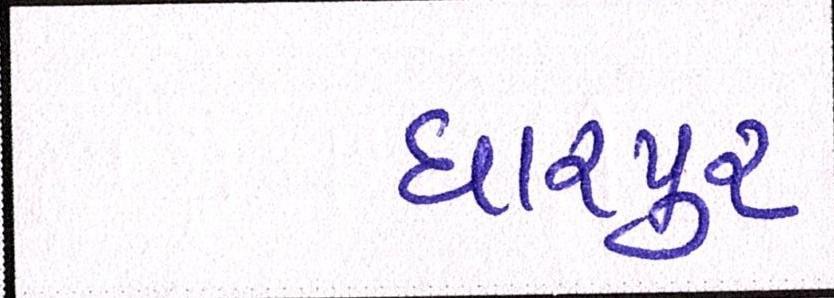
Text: ધારપુર